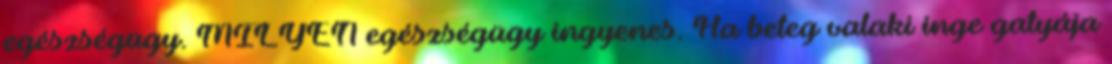
egészségügy. MILYEN egészségügy ingyenes. Ha beteg valaki inge gatyája